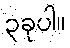
၃ခုပါ။